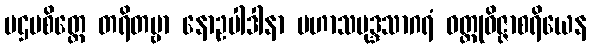
ပဌမစိတ္တေ တရိတဗ္ဗာ နောဥပါဒါနာ မဟာသမုဒ္ဒသာဂရံ ဝတ္ထုဝိဇ္ဇာစရိယေန